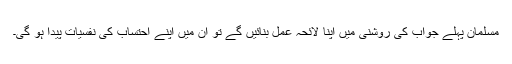
مسلمان پہلے جواب کی روشنی میں اپنا لائحہ عمل بنائیں گے تو ان میں اپنے احتساب کی نفسیات پیدا ہو گی۔